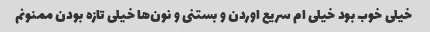
خیلی خوب بود خیلی ام سریع اوردن و بستنی و نون‌ها خیلی تازه بودن ممنونم